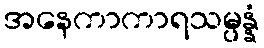
အနေကာကာရသမ္ပန္နံ